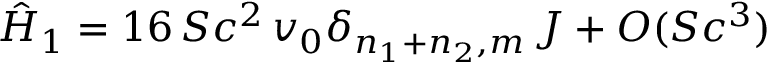
\hat { H } _ { 1 } = 1 6 \, S c ^ { 2 } \, v _ { 0 } \delta _ { n _ { 1 } + n _ { 2 } , m } \, J + O ( S c ^ { 3 } )